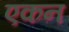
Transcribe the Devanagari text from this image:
एकन